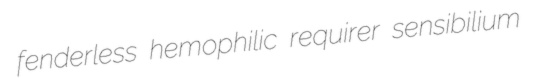
fenderless hemophilic requirer sensibilium